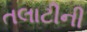
તલાટીની